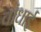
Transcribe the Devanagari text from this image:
वांधाई